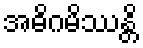
အဓိဂမိဿန္တိ